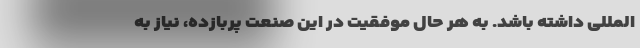
‌المللی داشته باشد. به هر حال موفقیت در این صنعت پربازده، نیاز به